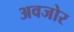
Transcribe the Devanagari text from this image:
अवजोर